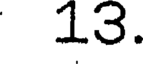
13.